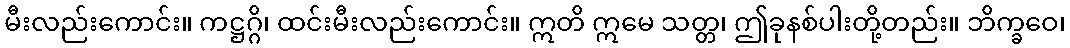
မီးလည်းကောင်း။ ကဋ္ဌဂ္ဂိ၊ ထင်းမီးလည်းကောင်း။ ဣတိ ဣမေ သတ္တ၊ ဤခုနစ်ပါးတို့တည်း။ ဘိက္ခဝေ၊